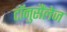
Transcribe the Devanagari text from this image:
टॉनुसैंलेज